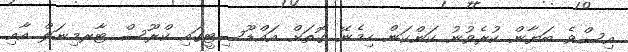
އިސްވެ ބަޔާން ކުރެވުނު ކަންކަން ހިމެނޭ ގޮތަށް އައްޑޫސިޓީގައި ކްރޫސް ޓާރމިނަލް އާއި